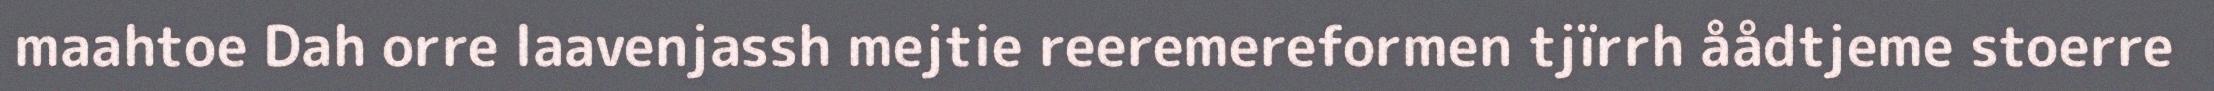
maahtoe Dah orre laavenjassh mejtie reeremereformen tjïrrh åådtjeme stoerre